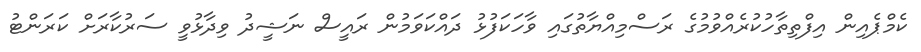
ކެމްޕެއިން އިފްތިތާހުކުރެއްވުމުގެ ރަސްމިއްޔާތުގައި ވާހަކަފުޅު ދައްކަވަމުން ރައީސް ނަޝީދު ވިދާޅުވީ ސަރުކާރަށް ކަރަންޓު